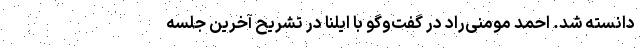
دانسته شد. احمد مومنی‌راد در گفت‌وگو با ایلنا در تشریح آخرین جلسه